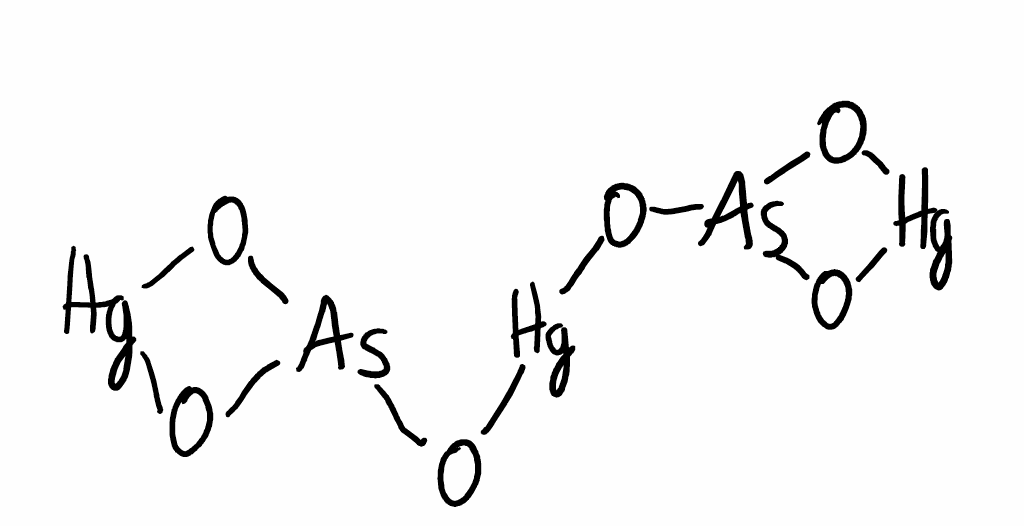
Simplified molecular-input line-entry system (SMILES) notation of the given molecule:
O1[As](O[Hg]1)O[Hg]O[As]2O[Hg]O2